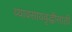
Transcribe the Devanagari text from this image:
व्यावसायवृद्धीसाठी